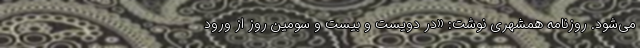
می‌شود. روزنامه همشهری نوشت: «در دویست و بیست و سومین روز از ورود